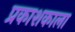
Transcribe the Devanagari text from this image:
प्रकाशकाला